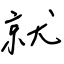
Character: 就